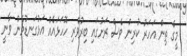
މީގެ ތިން އަހަރު ކުރިން ވެސް ރަށުގައި ބިރުވެރި ހޮހަޅައެއް އަޅުގަނޑުމެން ވާނީ